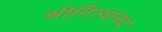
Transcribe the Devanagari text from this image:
श्रीनित्यानंद